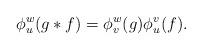
LaTeX: \begin{align*}\phi_u^w(g*f)=\phi_v^w(g)\phi_u^v(f).\end{align*}